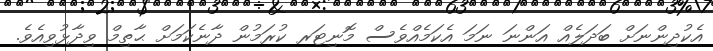
އެކުދިންނަށް ބަދަލެއް އަންނަ ނަމަ އެކަމެއްވެސް މޮނިޓަރ ކުރަމުން ދާނެކަމަށް ޙާތިމް ވިދާޅުވިއެވެ.